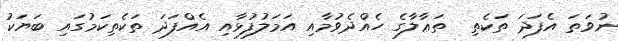
ނުވަތަ އެފަދަ ތަކެތި  ތަޢާލާގެ ހެއްދެވުމާއި އަމަލުފުޅާއި އެއްފަދަ ތަކެތިކަމުގައި ބަޔަކު